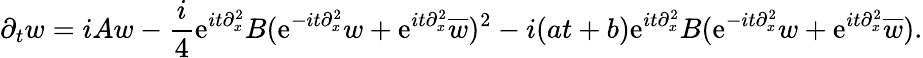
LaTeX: \partial_{t}w=iAw-\frac{i}{4}\mathrm{e}^{it\partial_{x}^{2}}B(\mathrm{e}^{-it\partial_{x}^{2}}w+\mathrm{e}^{it\partial_{x}^{2}}\overline{{w}})^{2}-i(at+b)\mathrm{e}^{it\partial_{x}^{2}}B(\mathrm{e}^{-it\partial_{x}^{2}}w+\mathrm{e}^{it\partial_{x}^{2}}\overline{{w}}).